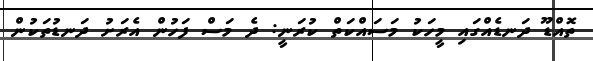
ތޮއްޑޫ ދަނޑެއްގައި މީހަކު މަސައްކަތް ކުރަނީ: ދެ މަސް ފަހުން އެރަށު ދަނޑުތަކުން